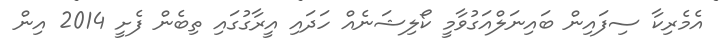
އެމެރިކާ ސިފައިން ބައިނަލްއަގުވާމީ ކޯލިޝަނެއް ހަދައި އީރާގުގައި ތިބެން ފެށީ 2014 އިން